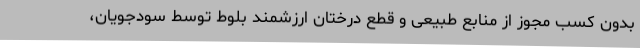
بدون کسب مجوز از منابع طبیعی و قطع درختان ارزشمند بلوط توسط سودجویان،